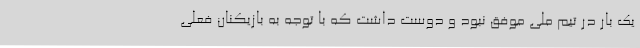
یک بار در تیم ملی موفق نبود و دوست داشت که با توجه به بازیکنان فعلی